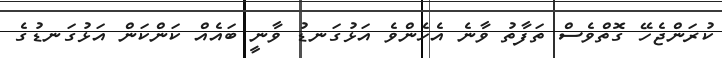
ކުރަންޖެހޭ ގޮތްވެސް ތަފާތު ވާނެ އެހެންވެ އަޅުގަނޑު ވާނީ ބައެއް ކަންކަން އަޅުގަނޑުގެ